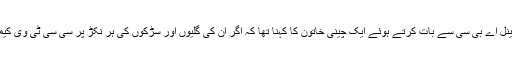
لیکن دوسری طرف دیکھیں تو آسٹریلیا کے ٹی وی چینل اے بی سی سے بات کرتے ہوئے ایک چینی خاتون کا کہنا تھا کہ اگر ان کی گلیوں اور سڑکوں کی ہر نکڑ پر سی سی ٹی وی کیمرا لگا ہو تو وہ خود کو بہت محفوظ تصور کریں گی۔